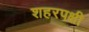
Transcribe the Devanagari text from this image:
शहरपक्षी